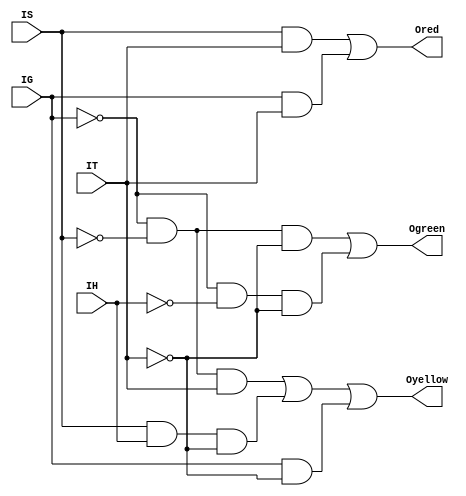
//Input
//  IG - gas sensor
//  IS - smoke sensor
//  IH - humidity sensor
//  IT - temperature sensor
//Output 
//  Ored- output for the red LED
//  Oyellow- output for the yellow LED
//  Ogreen- output for the green LED

module circuit( output Ored, Oyellow, Ogreen, input IG, IS, IH, IT);
    wire xIG, xIS, xIH, xIT, Or1, Or2, Oy1, Oy2, Oy3, Og1, Og2;
    // represents the NOT gates that are shown in the circuit
    not (xIG, IG);
    not (xIS, IS);
    not (xIH, IH);
    not (xIT, IT);
    // represents the AND gates that are shown in the circuit that would lead to the RED output
    and (Or1, IS, IT);
    and (Or2, IG, IT);
    // represents the OR gate that decides the output value of the Ored
    or  (Ored, Or1, Or2);
    // represents the AND gates that are shown in the circuit that would lead to the YELLOW output
    and (Oy1, xIG, xIS, IT);
    and (Oy2, IS, IH, xIT);
    and (Oy3, IG, xIT);
    // represents the OR gate that decides the output value of the Oyellow
    or  (Oyellow, Oy1, Oy2, Oy3);
    // represents the AND gates that are shown in the circuit that would lead to the GREEN output
    and (Og1, xIG, xIS, xIT);
    and (Og2, xIG, xIH, xIT);
    // represents the OR gate that decides the output value of the Ogreen
    or  (Ogreen, Og1, Og2);
endmodule